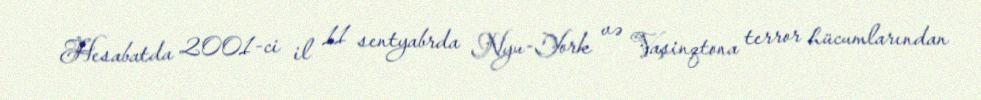
Hesabatda 2001-ci il 11 sentyabrda Nyu-York və Vaşinqtona terror hücumlarından